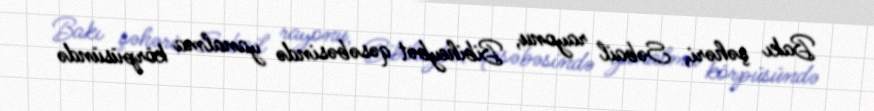
Bakı şəhəri, Səbail rayonu, Bibiheybət qəsəbəsində yanalma körpüsündə